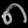
Digit: ၈